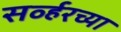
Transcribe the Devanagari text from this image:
सर्व्हरच्या